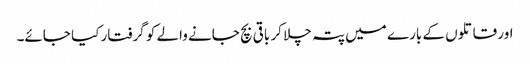
اور قاتلوں کے بارے میں پتہ چلا کر باقی بچ جانے والے کو گرفتار کیا جائے۔